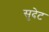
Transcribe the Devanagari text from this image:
सुदेट